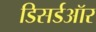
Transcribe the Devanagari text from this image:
डिसर्डऑर